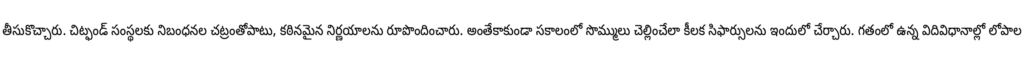
తీసుకొచ్చారు. చిట్ఫండ్ సంస్థలకు నిబంధనల చట్రంతోపాటు, కఠినమైన నిర్ణయాలను రూపొందించారు. అంతేకాకుండా సకాలంలో సొమ్ములు చెల్లించేలా కీలక సిఫార్సులను ఇందులో చేర్చారు. గతంలో ఉన్న విదివిధానాల్లో లోపాల